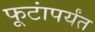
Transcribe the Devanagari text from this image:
फूटांपर्यंत